Report of the Lahore Medical School Hospital
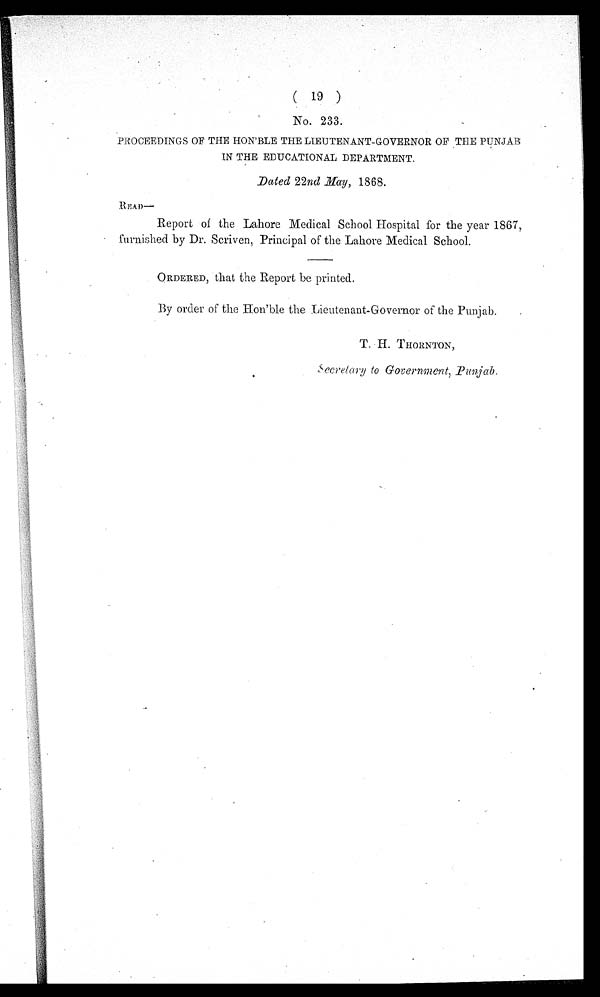
(19)
No. 233.
PROCEEDINGS OF THE HON'BLE THE LIEUTENANT-GOVERNOR OF THE PUNJAB
IN THE EDUCATIONAL DEPARTMENT.
Dated 22 nd May, 1868.
READ—
Report of the Lahore Medical School Hospital for the year 1867,
furnished by Dr. Scriven, Principal of the Lahore Medical School.
ORDERED, that the Report be printed.
By order of the Hon'ble the Lieutenant-Governor of the Punjab.
T.H.THORNTON,
.